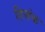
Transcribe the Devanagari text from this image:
हिसंक